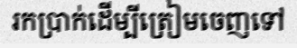
រកប្រាក់ដើម្បីត្រៀមចេញទៅ